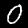
Label: 0